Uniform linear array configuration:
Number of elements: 32
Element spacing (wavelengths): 1
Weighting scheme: binomial
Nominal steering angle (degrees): -60
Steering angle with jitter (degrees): -59.906
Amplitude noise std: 0.05
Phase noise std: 0.05

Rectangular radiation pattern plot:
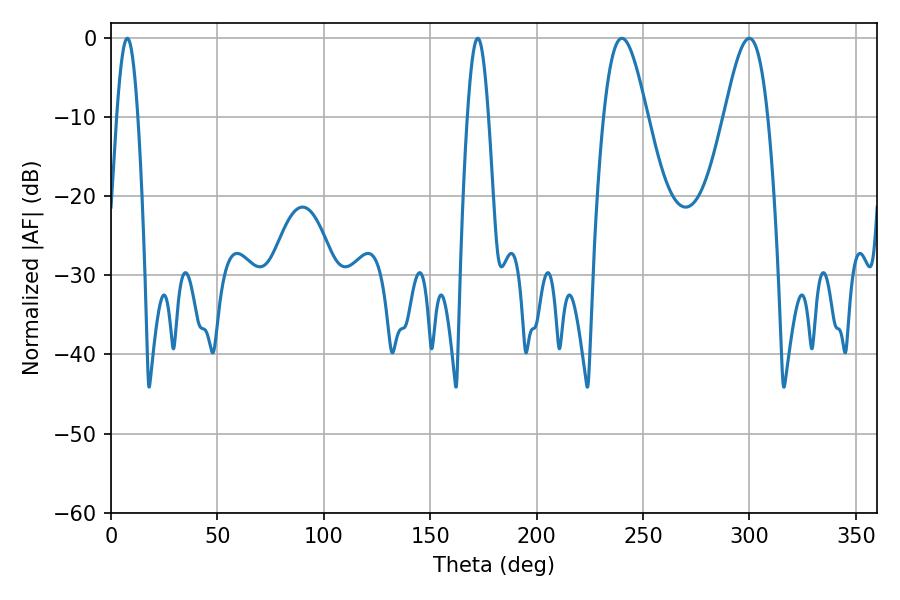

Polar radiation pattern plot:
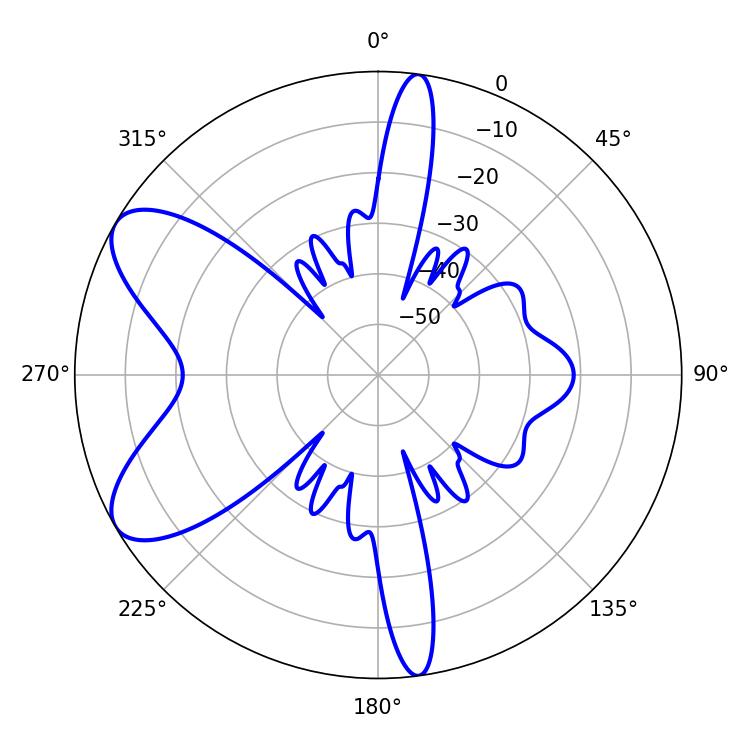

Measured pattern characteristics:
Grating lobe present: TRUE
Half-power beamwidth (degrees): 10.98
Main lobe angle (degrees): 240.12